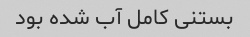
بستنی کامل آب شده بود